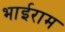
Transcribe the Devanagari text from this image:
भाईराम